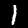
Digit: 1